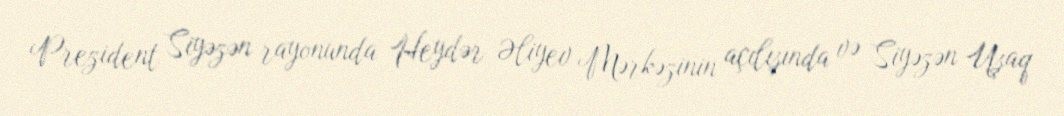
Prezident Siyəzən rayonunda Heydər Əliyev Mərkəzinin açılışında və Siyəzən Uşaq